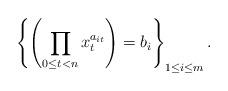
LaTeX: \begin{align*}\left\{ \left(\prod_{0\le t<n}x_{t}^{a_{it}}\right)=b_{i}\right\} _{1\le i\le m}.\end{align*}